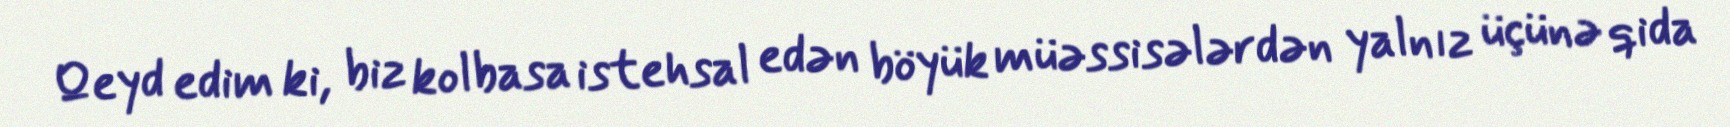
Qeyd edim ki, biz kolbasa istehsal edən böyük müəssisələrdən yalnız üçünə qida